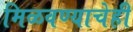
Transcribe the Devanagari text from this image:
मिळवण्याचेही